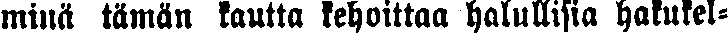
minä tämän kautta kehoittaa halullisia hakutel-